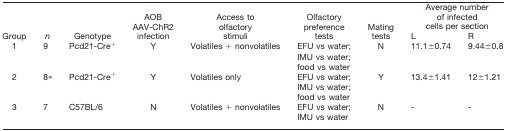
<table><thead><tr><td rowspan="2"><b>Group</b></td><td rowspan="2"><b><i>n</i></b></td><td rowspan="2"><b>Genotype</b></td><td rowspan="2"><b>AOB AAV-ChR2 infection</b></td><td rowspan="2"><b>Access to olfactory stimuli</b></td><td rowspan="2"><b>Olfactory preference tests</b></td><td rowspan="2"><b>Mating tests</b></td><td colspan="2"><b>Average number of infected cells per section</b></td></tr><tr><td><b>L</b></td><td><b>R</b></td></tr></thead><tbody><tr><td>1</td><td>9</td><td>Pcd21-Cre<sup>+</sup></td><td>Y</td><td>Volatiles + nonvolatiles</td><td>EFU vs water;</td><td>N</td><td>11.1±0.74</td><td>9.44±0.8</td></tr><tr><td></td><td></td><td></td><td></td><td></td><td>IMU vs water;</td><td></td><td></td><td></td></tr><tr><td></td><td></td><td></td><td></td><td></td><td>food vs water</td><td></td><td></td><td></td></tr><tr><td>2</td><td>8*</td><td>Pcd21-Cre<sup>+</sup></td><td>Y</td><td>Volatiles only</td><td>EFU vs water;</td><td>Y</td><td>13.4±1.41</td><td>12±1.21</td></tr><tr><td></td><td></td><td></td><td></td><td></td><td>IMU vs water;</td><td></td><td></td><td></td></tr><tr><td></td><td></td><td></td><td></td><td></td><td>food vs water</td><td></td><td></td><td></td></tr><tr><td>3</td><td>7</td><td>C57BL/6</td><td>N</td><td>Volatiles + nonvolatiles</td><td>EFU vs water;</td><td>N</td><td>-</td><td>-</td></tr><tr><td></td><td></td><td></td><td></td><td></td><td>IMU vs water</td><td></td><td></td><td></td></tr></tbody></table>